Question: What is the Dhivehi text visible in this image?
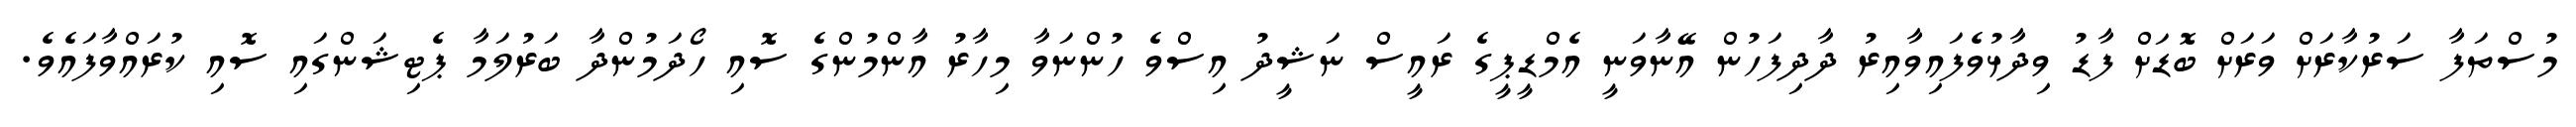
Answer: މުސްތަފާ ސަރުކާރަށް ވަރަށް ބޮޑަށް ފާޑު ވިދާޅުވެފައިވާއިރު ދާދިފަހުން އޭނާވަނީ އެމްޑީޕީގެ ރައީސް ނަޝީދު އިސްވެ ހުންނަވާ މިހާރު އާންމުންގެ ސޮއި ހޯދަމުންދާ ބަރުލަމާ ޕެޓިޝަންގައި ސޮއި ކުރައްވާފައެވެ.